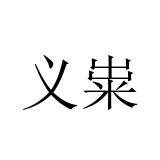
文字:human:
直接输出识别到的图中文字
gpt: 义粜